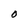
Character: O